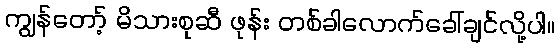
ကျွန်တော့် မိသားစုဆီ ဖုန်း တစ်ခါလောက်ခေါ်ချင်လို့ပါ။